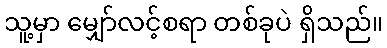
သူ့မှာ မျှော်လင့်စရာ တစ်ခုပဲ ရှိသည်။